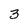
Character: 3